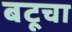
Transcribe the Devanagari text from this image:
बटूचा